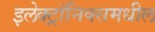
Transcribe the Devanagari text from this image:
इलेक्ट्रॉनिक्समधील